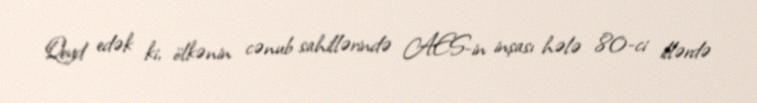
Qeyd edək ki, ölkənin cənub sahillərində AES-in inşası hələ 80-ci illərdə